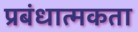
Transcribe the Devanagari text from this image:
प्रबंधात्मकता